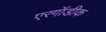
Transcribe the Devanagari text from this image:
एरगॉडीक